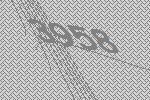
3958